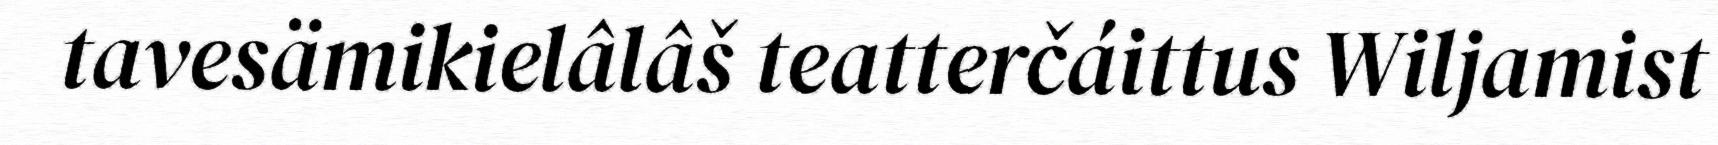
tavesämikielâlâš teatterčáittus Wiljamist